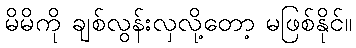
မိမိကို ချစ်လွန်းလှလို့တော့ မဖြစ်နိုင်။